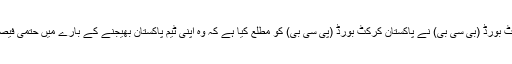
دوسری جانب بنگلہ دیش کرکٹ بورڈ (بی سی بی) نے پاکستان کرکٹ بورڈ (پی سی بی) کو مطلع کیا ہے کہ وہ اپنی ٹیم پاکستان بھیجنے کے بارے میں حتمی فیصلہ آئندہ چند روز میں کرے گا۔